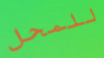
للمحل